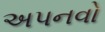
અપનવો